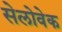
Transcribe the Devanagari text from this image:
सेलोवेक